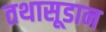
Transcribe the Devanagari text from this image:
तथासूडान